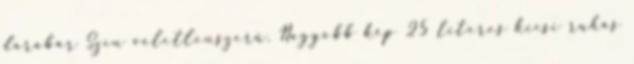
darabár Szín véletlenszerű. Nagyobb kép 25 literes kicsi ruhás